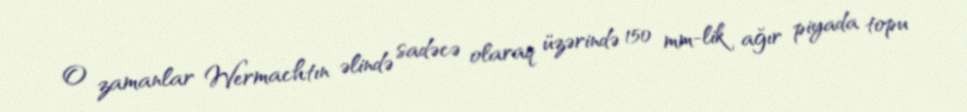
O zamanlar Wermachtın əlində sadəcə olaraq üzərində 150 mm-lik ağır piyada topu